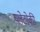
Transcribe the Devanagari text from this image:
प्लेटोकी